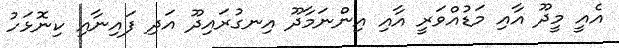
އެއީ މީދޫ އާއި މަޑުއްވަރީ އާއި އިންނަމާދޫ އިނގުރައިދޫ އަދި ފައިނާއި ކިނޮޅަހު